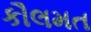
કૌલમત